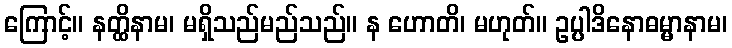
ကြောင့်။ နတ္ထိနာမ၊ မရှိသည်မည်သည်။ န ဟောတိ၊ မဟုတ်။ ဥပ္ပါဒိနောဓမ္မာနာမ၊